Civil Veterinary Dept. Assam report 1911-1927 - 1911-1927
Year: 1911
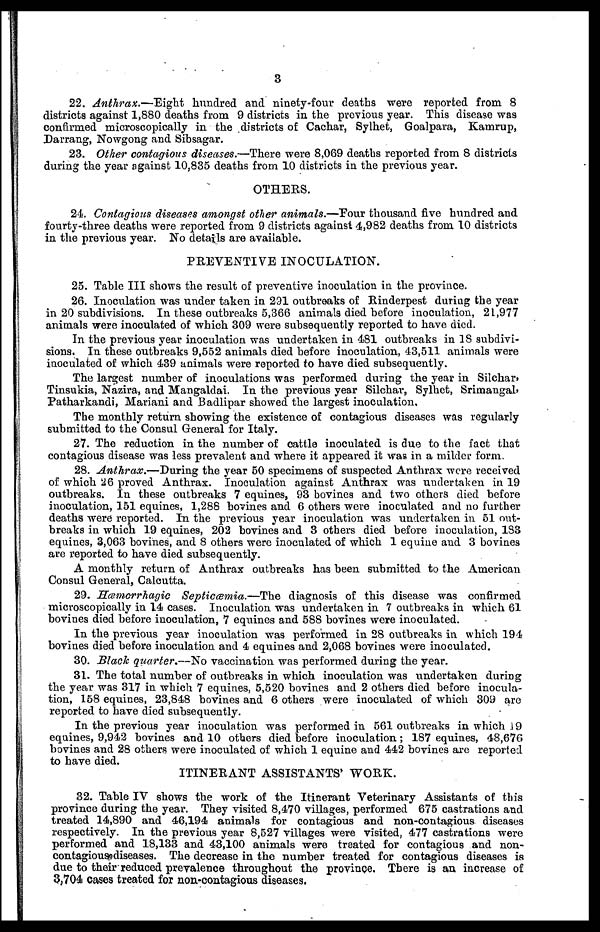
3
22. Anthrax.—Eight hundred and ninety-four deaths were reported from 8
districts against 1,880 deaths from 9 districts in the previous year. This disease was
confirmed microscopically in the districts of Cachar, Sylhet, Goalpara, Kamrup,
Darrang, Nowgong and Sibsagar.
23. Other contagious diseases.—There were 8,069 deaths reported from 8 districts
during the year against 10,835 deaths from 10 districts in the previous year.
OTHERS.
24. Contagious diseases amongst other animals.— Four thousand five hundred and
fourty-three deaths were reported from 9 districts against 4,982 deaths from 10 districts
in the previous year. No details are available.
PREVENTIVE INOCULATION.
25. Table III shows the result of preventive inoculation in the province.
26. Inoculation was under taken in 291 outbreaks of Rinderpest during the year
in 20 subdivisions. In these outbreaks 5,366 animals died before inoculation, 21,977
animals were inoculated of which 309 were subsequently reported to have died.
In the previous year inoculation was undertaken in 481 outbreaks in 18 subdivi-
sions. In these outbreaks 9,552 animals died before inoculation, 43,511 animals were
inoculated of which 439 animals were reported to have died subsequently.
The largest number of inoculations was performed during the year in Silchar,
Tinsukia, Nazira, and Mangaldai. In the previous year Silchar, Sylhet, Srimangal,
Patharkandi, Mariani and Badlipar showed the largest inoculation.
The monthly return showing the existence of contagious diseases was regularly
submitted to the Consul General for Italy.
27. The reduction in the number of cattle inoculated is due to the fact that
contagious disease was less prevalent and where it appeared it was in a milder form.
28. Anthrax.—During the year 50 specimens of suspected Anthrax were received
of which 26 proved Anthrax. Inoculation against Anthrax was undertaken in 19
outbreaks. In these outbreaks 7 equines, 93 bovines and two others died before
inoculation, 151 equines, 1,288 bovines and 6 others were inoculated and no further
deaths were reported. In the previous year inoculation was undertaken in 51 out-
breaks in which 19 equines, 202 bovines and 3 others died before inoculation, 183
equines, 3,063 bovines, and 8 others were inoculated of which 1 equine and 3 bovines
are reported to have died subsequently.
A monthly return of Anthrax outbreaks has been submitted to the American
Consul General, Calcutta.
29. Hæmorrhagic Septicæmia.—The diagnosis of this disease was confirmed
microscopically in 14 cases. Inoculation was undertaken in 7 outbreaks in which 61
bovines died before inoculation, 7 equines and 588 bovines were inoculated.
In the previous year inoculation was performed in 28 outbreaks in which 194
bovines died before inoculation and 4 equines and 2,068 bovines were inoculated.
30. Black quarter.—No vaccination was performed during the year.
31. The total number of outbreaks in which inoculation was undertaken during
the year was 317 in which 7 equines, 5,520 bovines and 2 others died before inocula-
tion, 158 equines, 23,848 bovines and 6 others were inoculated of which 309 are
reported to have died subsequently.
In the previous year inoculation was performed in 561 outbreaks in which 19
equines, 9,942 bovines and 10 others died before inoculation; 187 equines, 48,676
bovines and 28 others were inoculated of which 1 equine and 442 bovines are reported
to have died.
ITINERANT ASSISTANTS' WORK.
32. Table IV shows the work of the Itinerant Veterinary Assistants of this
province during the year. They visited 8,470 villages, performed 675 castrations and
treated 14,890 and 46,194 animals for contagious and non-contagious diseases
respectively. In the previous year 8,527 villages were visited, 477 castrations were
performed and 18,133 and 43,100 animals were treated for contagious and non-
contagious diseases. The decrease in the number treated for contagious diseases is
due to their reduced prevalence throughout the province. There is an increase of
3,704 cases treated for non-contagious diseases.